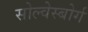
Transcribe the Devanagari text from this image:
सोल्वेस्बोर्ग